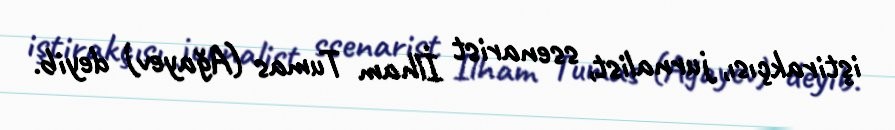
iştirakçısı, jurnalist, ssenarist İlham Tumas (Ağayev) deyib.